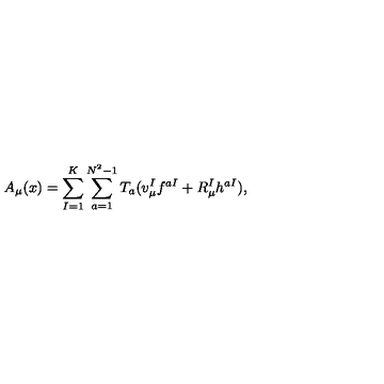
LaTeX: A _ { \mu } ( x ) = \sum _ { I = 1 } ^ { K } \sum _ { a = 1 } ^ { N ^ { 2 } - 1 } T _ { a } ( v _ { \mu } ^ { I } f ^ { a I } + R _ { \mu } ^ { I } h ^ { a I } ) ,